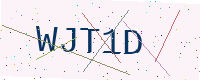
Text: WJT1D